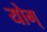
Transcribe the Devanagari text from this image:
योग्‌